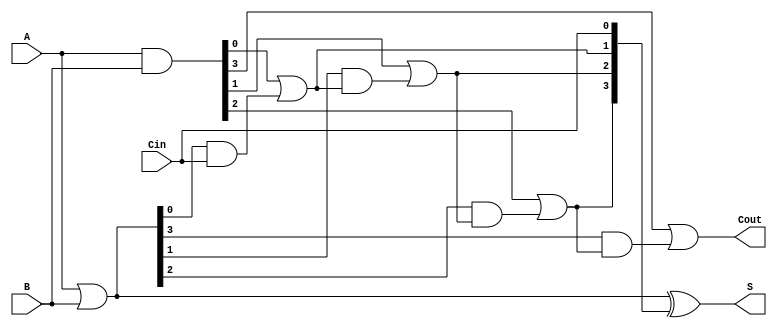
module RippleCarryLookaheadAdder #(parameter n = 4) (
    input [n-1:0] A,      // First n-bit input
    input [n-1:0] B,      // Second n-bit input
    input Cin,            // Carry-in
    output [n-1:0] S,     // n-bit sum output
    output Cout           // Carry-out
);

    // Generate and Propagate signals
    wire [n-1:0] G; // Generate signals
    wire [n-1:0] P; // Propagate signals
    wire [n:0] C;    // Carry signals

    // Generate and Propagate logic
    assign G = A & B;          // Gi = Ai AND Bi
    assign P = A | B;          // Pi = Ai OR Bi

    // Carry signals calculation
    assign C[0] = Cin;         // C0 = Cin
    genvar i;
    generate
        for (i = 0; i < n; i = i + 1) begin : carry_logic
            if (i == 0) begin
                assign C[i + 1] = G[i] | (P[i] & C[i]); // C1 = G0 OR (P0 AND C0)
            end else begin
                assign C[i + 1] = G[i] | (P[i] & C[i]); // Ci+1 = Gi OR (Pi AND Ci)
            end
        end
    endgenerate

    // Sum calculation
    assign S = P ^ C[n-1:0]; // Si = Pi XOR Ci

    // Carry-out
    assign Cout = C[n];      // Cout = Cn

endmodule